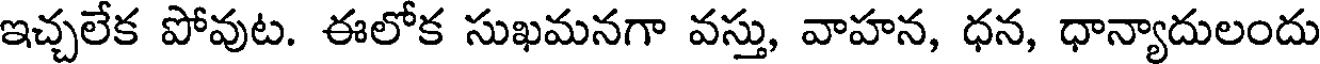
ఇచ్చలేక పోవుట. ఈలోక సుఖమనగా వస్తు, వాహన, ధన, ధాన్యాదులందు